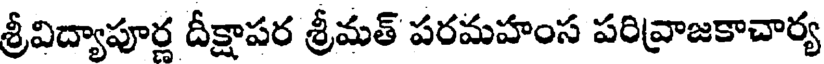
శ్రీవిద్యాపూర్ల దీక్షాపర శ్రీమత్ పరమహంస పరివ్రాజకాచార్య